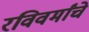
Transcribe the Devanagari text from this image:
रविवर्मांचे